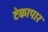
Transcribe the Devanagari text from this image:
टेकापार